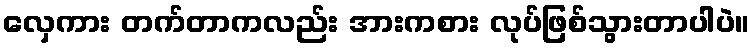
လှေကား တက်တာကလည်း အားကစား လုပ်ဖြစ်သွားတာပါပဲ။